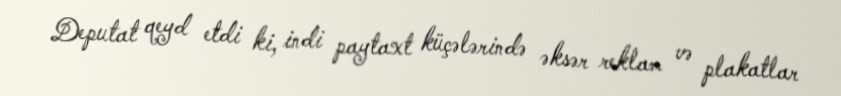
Deputat qeyd etdi ki, indi paytaxt küçələrində əksər reklam və plakatlar